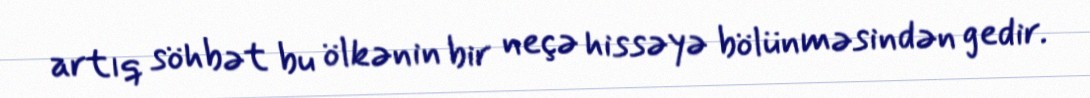
artıq söhbət bu ölkənin bir neçə hissəyə bölünməsindən gedir.